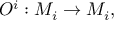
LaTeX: { \cal O } ^ { i } : M _ { i } \rightarrow M _ { i } ,